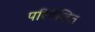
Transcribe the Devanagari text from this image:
परिवेशित